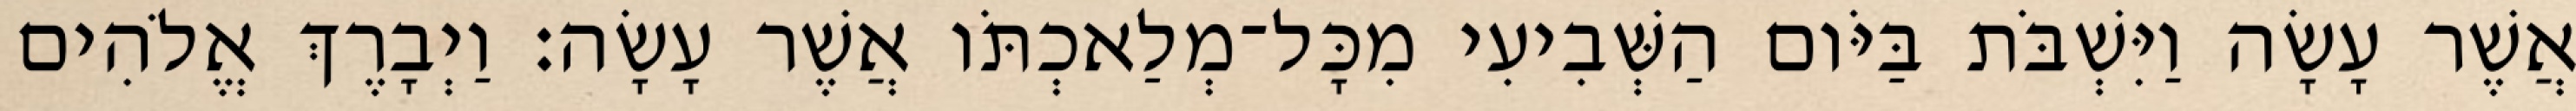
אֲשֶׁר עָשָׂה וַיִּשְׁבֹּת בַּיֹּום הַשְּׁבִיעִי מִכָּל־מְלַאכְתֹּו אֲשֶׁר עָשָׂה׃ וַיְבָרֶךְ אֱלֹהִים